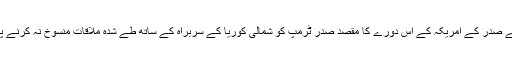
جنوبی کوریا کے صدر کے امریکہ کے اس دورے کا مقصد صدر ٹرمپ کو شمالی کوریا کے سربراہ کے ساتھ طے شدہ ملاقات منسوخ نہ کرنے پر آمادہ کرنا تھا۔